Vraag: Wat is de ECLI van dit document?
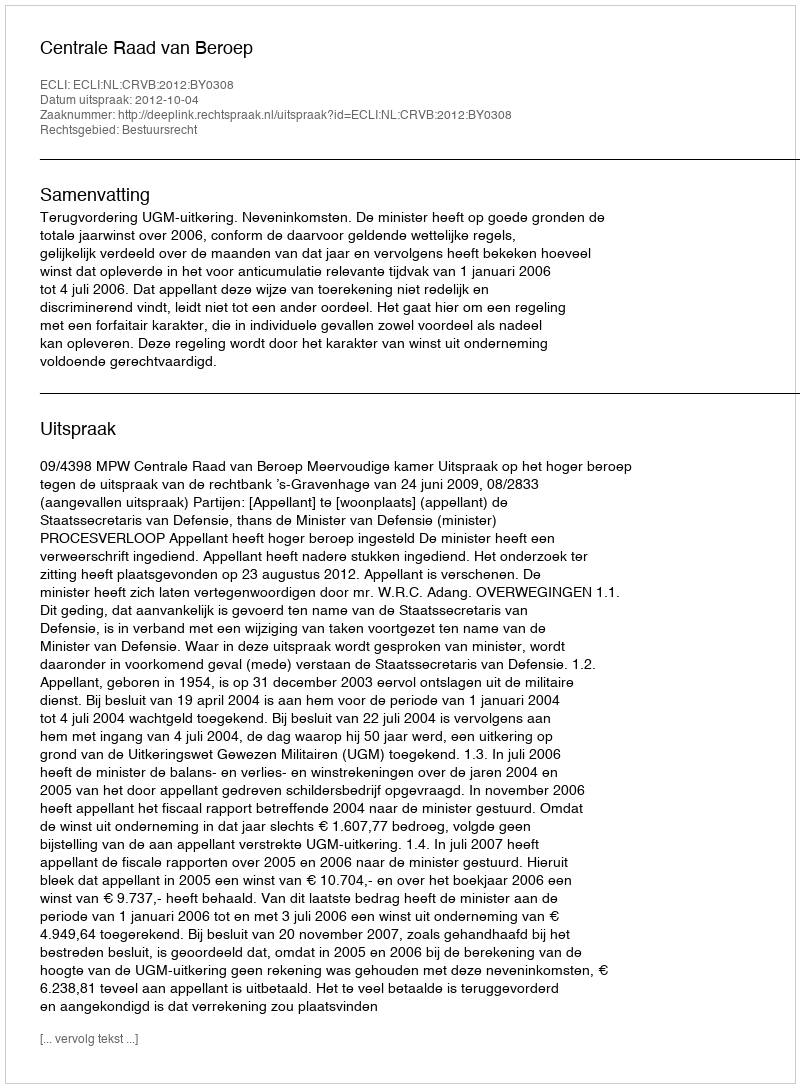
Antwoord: ECLI:NL:CRVB:2012:BY0308